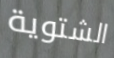
الشتوية